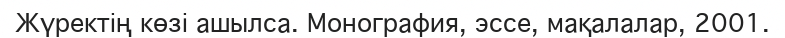
Жүректің көзі ашылса. Монография, эссе, мақалалар, 2001.